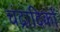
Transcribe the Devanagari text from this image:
चंद्रादिकों